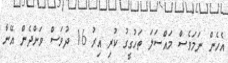
އެހެން ނަމަވެސް މައްސަލަ ތަހުގީގު ކުރި އިރު 16 ދުވަސް ވަންދެން އޭނާ